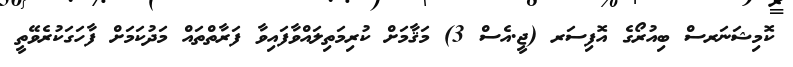
ކޮމިޝަނަރސް ބިއުރޯގެ އޮފިސަރ (ޖީ.އެސް 3) މަޤާމަށް ކުރިމަތިލައްވާފައިވާ ފަރާތްތައް މަދުކަމަށް ފާހަގަކުރެވޭތީ